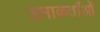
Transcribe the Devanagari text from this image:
जमाकर्तांओं